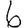
Digit: 6